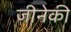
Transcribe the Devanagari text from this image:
जीनेकी